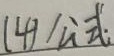
(4)公式：